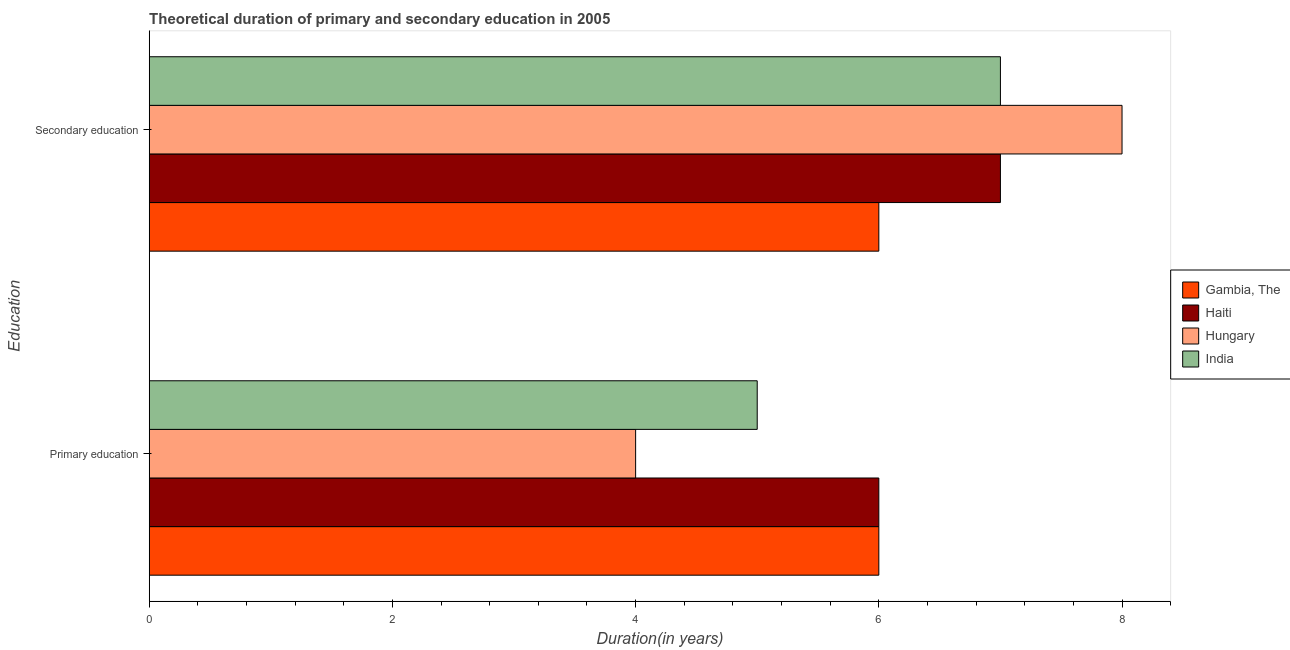
| Education | Gambia, The | Haiti | Hungary | India |
 | --- | --- | --- | --- | --- |
 | Primary education | 6 | 6 | 4 | 5 |
 | Secondary education | 6 | 7 | 8 | 7 |